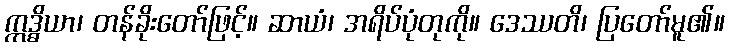
ဣဒ္ဓိယာ၊ တန်ခိုးတော်ဖြင့်။ ဆာယံ၊ အရိပ်ပုံတုကို။ ဒေဿတိ၊ ပြတော်မူ၏။